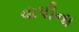
વાપીના